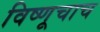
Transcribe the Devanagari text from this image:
विष्णूचाच